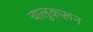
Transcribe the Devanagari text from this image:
चालुकरून